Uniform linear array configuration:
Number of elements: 4
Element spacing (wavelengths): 0.5
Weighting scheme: blackman
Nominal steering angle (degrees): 60
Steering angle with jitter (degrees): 58.452
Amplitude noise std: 0.05
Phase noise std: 0.05

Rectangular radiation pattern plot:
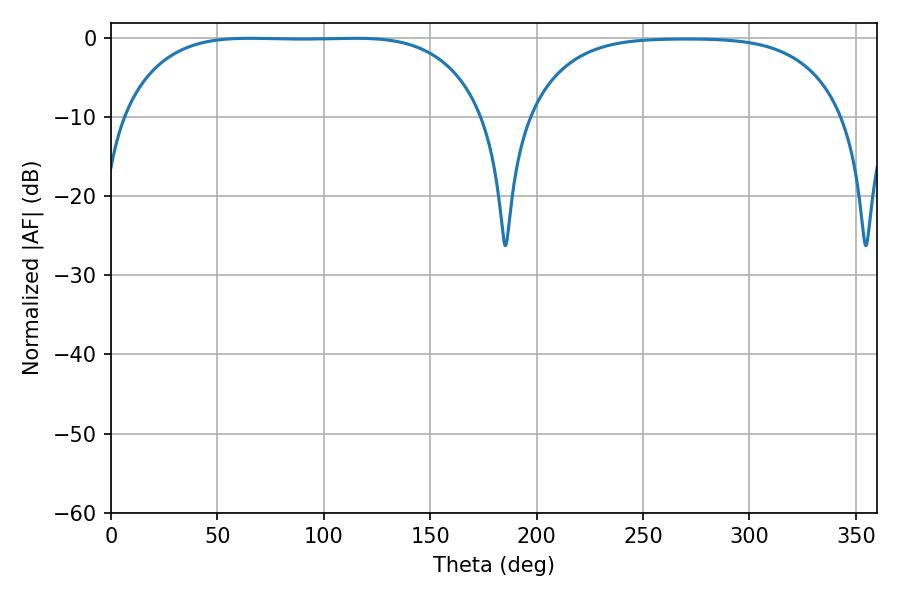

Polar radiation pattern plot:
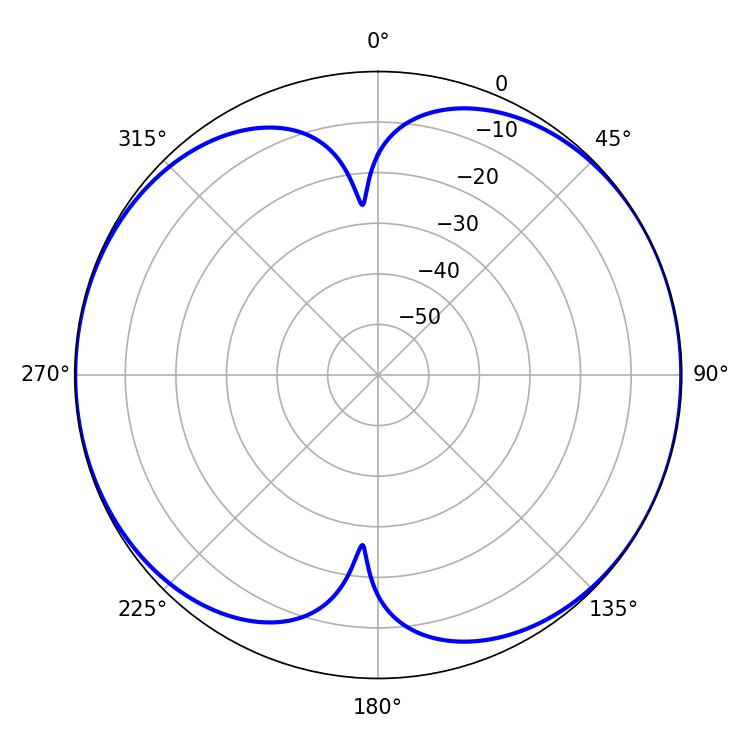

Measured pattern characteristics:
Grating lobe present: FALSE
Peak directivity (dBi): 8.938
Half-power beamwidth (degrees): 131.76
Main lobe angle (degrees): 65.16